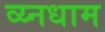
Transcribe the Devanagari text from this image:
व्य्नधाम